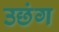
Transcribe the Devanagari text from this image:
उछंग